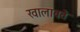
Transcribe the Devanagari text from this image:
खालावते